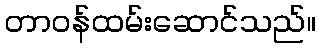
တာဝန်ထမ်းဆောင်သည်။